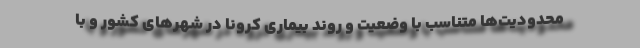
محدودیت‌ها متناسب با وضعیت و روند بیماری کرونا در شهرهای کشور و با